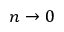
n \rightarrow 0